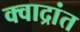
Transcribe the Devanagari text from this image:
क्वाद्रांत